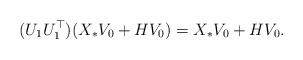
LaTeX: \begin{align*}(U_1 U^{\top}_1) (X_* V_0 + H V_0) = X_* V_0 + H V_0.\end{align*}